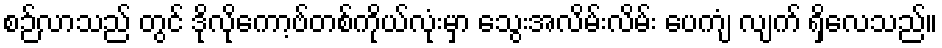
စဉ်လာသည် တွင် ဒိုလိုကော့ဗ်တစ်ကိုယ်လုံးမှာ သွေးအလိမ်းလိမ်း ပေကျံ လျက် ရှိလေသည်။